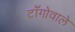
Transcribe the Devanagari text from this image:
टाँगोवाले